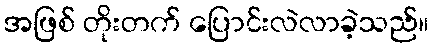
အဖြစ် တိုးတက် ပြောင်းလဲလာခဲ့သည်။